Annual report of the Bengal Veterinary College and of the Civil Veterinary Department, Bengal, for the year 1908-1909 - 1908-1909
Year: 1908
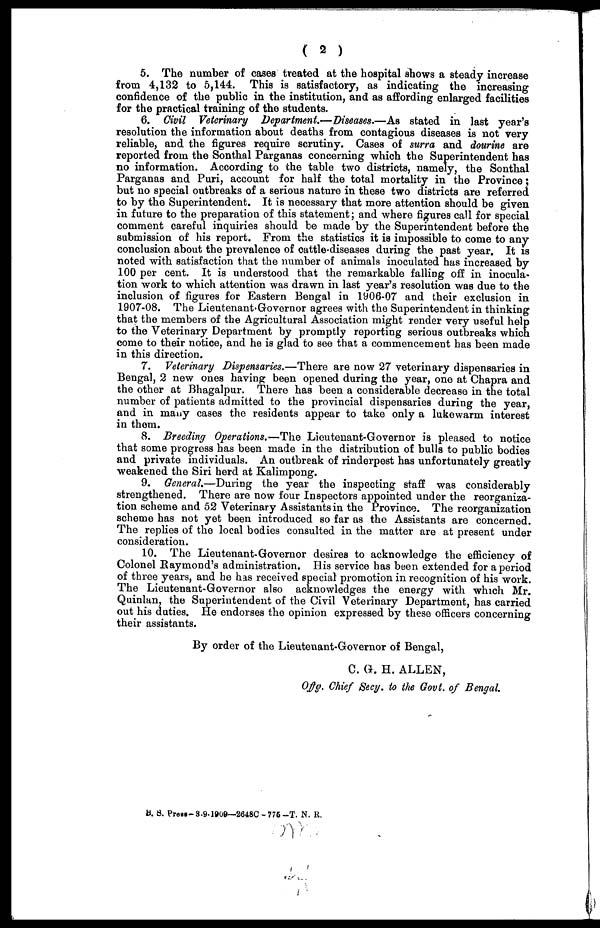
( 2 )
5. The number of cases treated at the hospital shows a steady increase
from 4,132 to 5,144. This is satisfactory, as indicating the increasing
confidence of the public in the institution, and as affording enlarged facilities
for the practical training of the students.
6. Civil Veterinary Department.—Diseases.—As stated in last year's
resolution the information about deaths from contagious diseases is not very
reliable, and the figures require scrutiny. Cases of surra and dourine are
reported from the Sonthal Parganas concerning which the Superintendent has
no information. According to the table two districts, namely, the Sonthal
Parganas and Puri, account for half the total mortality in the Province;
but no special outbreaks of a serious nature in these two districts are referred
to by the Superintendent. It is necessary that more attention should be given
in future to the preparation of this statement; and where figures call for special
comment careful inquiries should be made by the Superintendent before the
submission of his report. From the statistics it is impossible to come to any
conclusion about the prevalence of cattle-diseases during the past year. It is
noted with satisfaction that the number of animals inoculated has increased by
100 per cent. It is understood that the remarkable falling off in inocula-
tion work to which attention was drawn in last year's resolution was due to the
inclusion of figures for Eastern Bengal in 1906-07 and their exclusion in
1907-08. The Lieutenant-Governor agrees with the Superintendent in thinking
that the members of the Agricultural Association might render very useful help
to the Veterinary Department by promptly reporting serious outbreaks which
come to their notice, and he is glad to see that a commencement has been made
in this direction.
7. Veterinary Dispensaries.—There are now 27 veterinary dispensaries in
Bengal, 2 new ones having been opened during the year, one at Chapra and
the other at Bhagalpur. There has been a considerable decrease in the total
number of patients admitted to the provincial dispensaries during the year,
and in many cases the residents appear to take only a lukewarm interest
in them.
8. Breeding Operations.—The Lieutenant-Governor is pleased to notice
that some progress has been made in the distribution of bulls to public bodies
and private individuals. An outbreak of rinderpest has unfortunately greatly
weakened the Siri herd at Kalimpong.
9. General.—During the year the inspecting staff was considerably
strengthened. There are now four Inspectors appointed under the reorganiza-
tion scheme and 52 Veterinary Assistants in the Province. The reorganization
scheme has not yet been introduced so far as the Assistants are concerned.
The replies of the local bodies consulted in the matter are at present under
consideration.
10. The Lieutenant-Governor desires to acknowledge the efficiency of
Colonel Raymond's administration. His service has been extended for a period
of three years, and he has received special promotion in recognition of his work.
The Lieutenant-Governor also acknowledges the energy with which Mr.
Quinlan, the Superintendent of the Civil Veterinary Department, has carried
out his duties. He endorses the opinion expressed by these officers concerning
their assistants.
By order of the Lieutenant-Governor of Bengal,
C. G. H. ALLEN,
Offg. Chief Secy. to the Govt. of Bengal.
B. S. Press-3.9.1909—2648C-775-T. N. R.